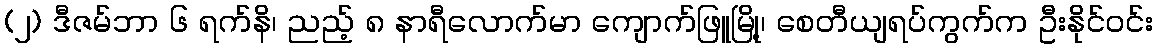
(၂) ဒီဇမ်ဘာ ၆ ရက်နိ၊ ညည့် ၈ နာရီလောက်မာ ကျောက်ဖြူမြို့၊ စေတီယျရပ်ကွက်က ဦးနိုင်ဝင်း